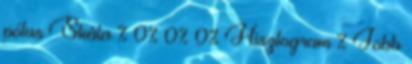
pólus Skála % 0% 0% 0% Hisztogram % Jobb